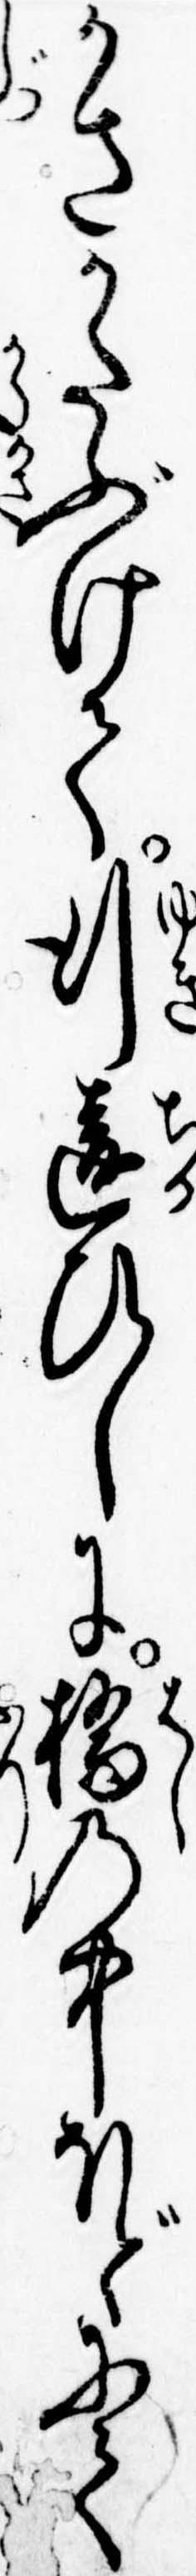
かさかたぶけて行違ひしに橋の中ほどにて